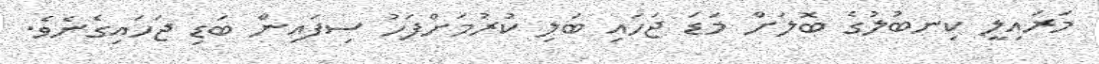
މަރައިލީ ކިނބުލުގެ ބޮލަށް މަޑަ ޖަހައި ބަލި ކުރުމަށްފަހު ސިފައިން ބަޑި ޖަހައިގެނެވެ.